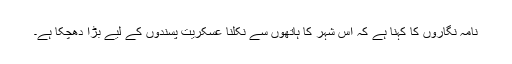
نامہ نگاروں کا کہنا ہے کہ اس شہر کا ہاتھوں سے نکلنا عسکریت پسندوں کے لیے بڑا دھچکا ہے۔